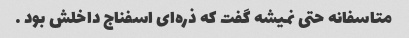
متاسفانه حتی نمیشه گفت که ذره‌ای اسفناج داخلش بود …